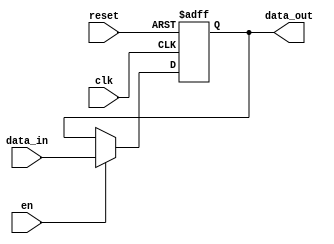
`timescale 1ns / 1ps
//////////////////////////////////////////////////////////////////////////////////
// Company: 
// Engineer: 
// 
// Design Name: 
// Module Name:    reg_data 
// Project Name: 
// Target Devices: 
// Tool versions: 
// Description: 
//
// Dependencies: 
//
// Revision: 
// Revision 0.01 - File Created
// Additional Comments: 
//
//////////////////////////////////////////////////////////////////////////////////
module reg_data(
    input wire [7:0] data_in,
    input wire clk,
    input wire en,
    input wire reset,
    output wire [7:0] data_out
    );

reg [7:0] data_next;

always @(posedge clk or posedge reset)
	begin
		if (reset) data_next <= 8'b0;
		else if (en) data_next<=data_in;
		else data_next <= data_next;
	end

assign data_out = data_next;

endmodule